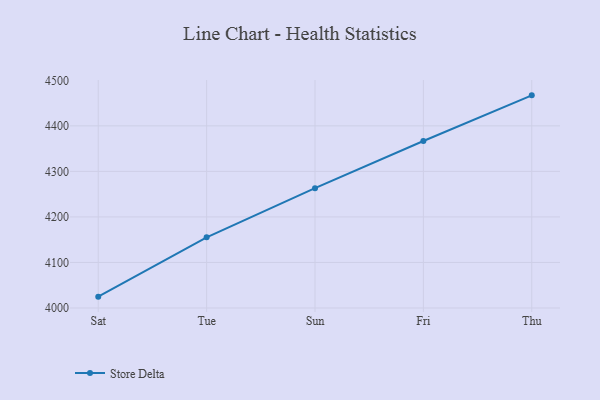
{"axis": {"x": "Day", "y": "Headcount"}, "legend": ["Store Delta"], "data": [{"x": "Sat", "y": 4024.9, "type": "Store Delta"}, {"x": "Tue", "y": 4155.1, "type": "Store Delta"}, {"x": "Sun", "y": 4263.2, "type": "Store Delta"}, {"x": "Fri", "y": 4366.8, "type": "Store Delta"}, {"x": "Thu", "y": 4467.0, "type": "Store Delta"}]}